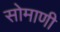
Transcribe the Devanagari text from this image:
सोमाणी